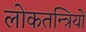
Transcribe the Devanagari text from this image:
लोकतन्त्रियों